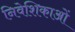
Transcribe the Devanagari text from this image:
निवेशिकाओं